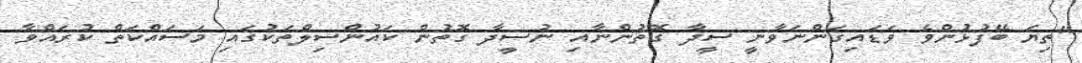
"ތިޔަ ބޭފުޅުންވެ ވަޑައިގަންނަވާނީ ސީދާ ގޮތުންނާއި ނުސީދާ ގޮތުން ކައުންސިލްތަކުގައި މަސައްކަތް ކުރައްވާ